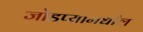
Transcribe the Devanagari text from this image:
जोडप्यामधील